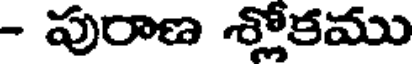
- పురాణ శ్లోకము